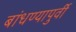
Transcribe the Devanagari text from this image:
बांधण्यापुर्वी